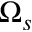
\Omega _ { s }